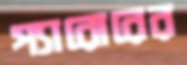
প্যারোরের